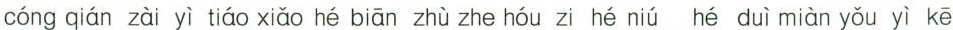
cóng qián zài yì tiáo xiǎo hé biān zhù zhe hóu zi hé niú hé duì miàn yǒu yì kē